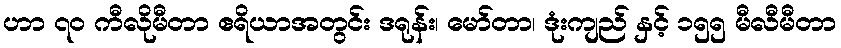
ဟာ ၇၀ ကီလိုမီတာ ဧရိယာအတွင်း ဒရုန်း၊ မော်တာ၊ ဒုံးကျည် နှင့် ၁၅၅ မီလီမီတာ